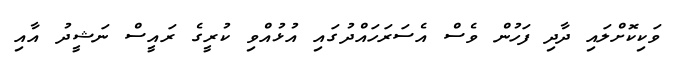
ވަކިކޮށްލައި ދާދި ފަހުން ވެސް އެސަރަހައްދުގައި އުޅުއްވި ކުރީގެ ރައީސް ނަޝީދު އާއި